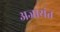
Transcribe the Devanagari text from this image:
अजायंत